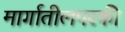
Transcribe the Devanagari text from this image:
मार्गातीलपरकी